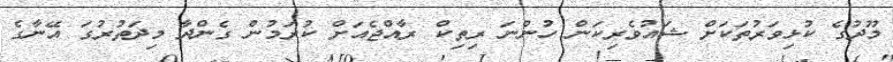
މޫދުގެ ކުޅިވަރުތަކަށް ޝައުވެރިކަން ހުންނަ ރިތިކް ރާއްޖެއަށް ކުރަމުން ގެންދާ މިދަތުރުގަ އޭނާގެ